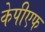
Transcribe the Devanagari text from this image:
केपीएफ